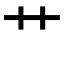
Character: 艹